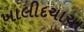
ખાલીદચાચા